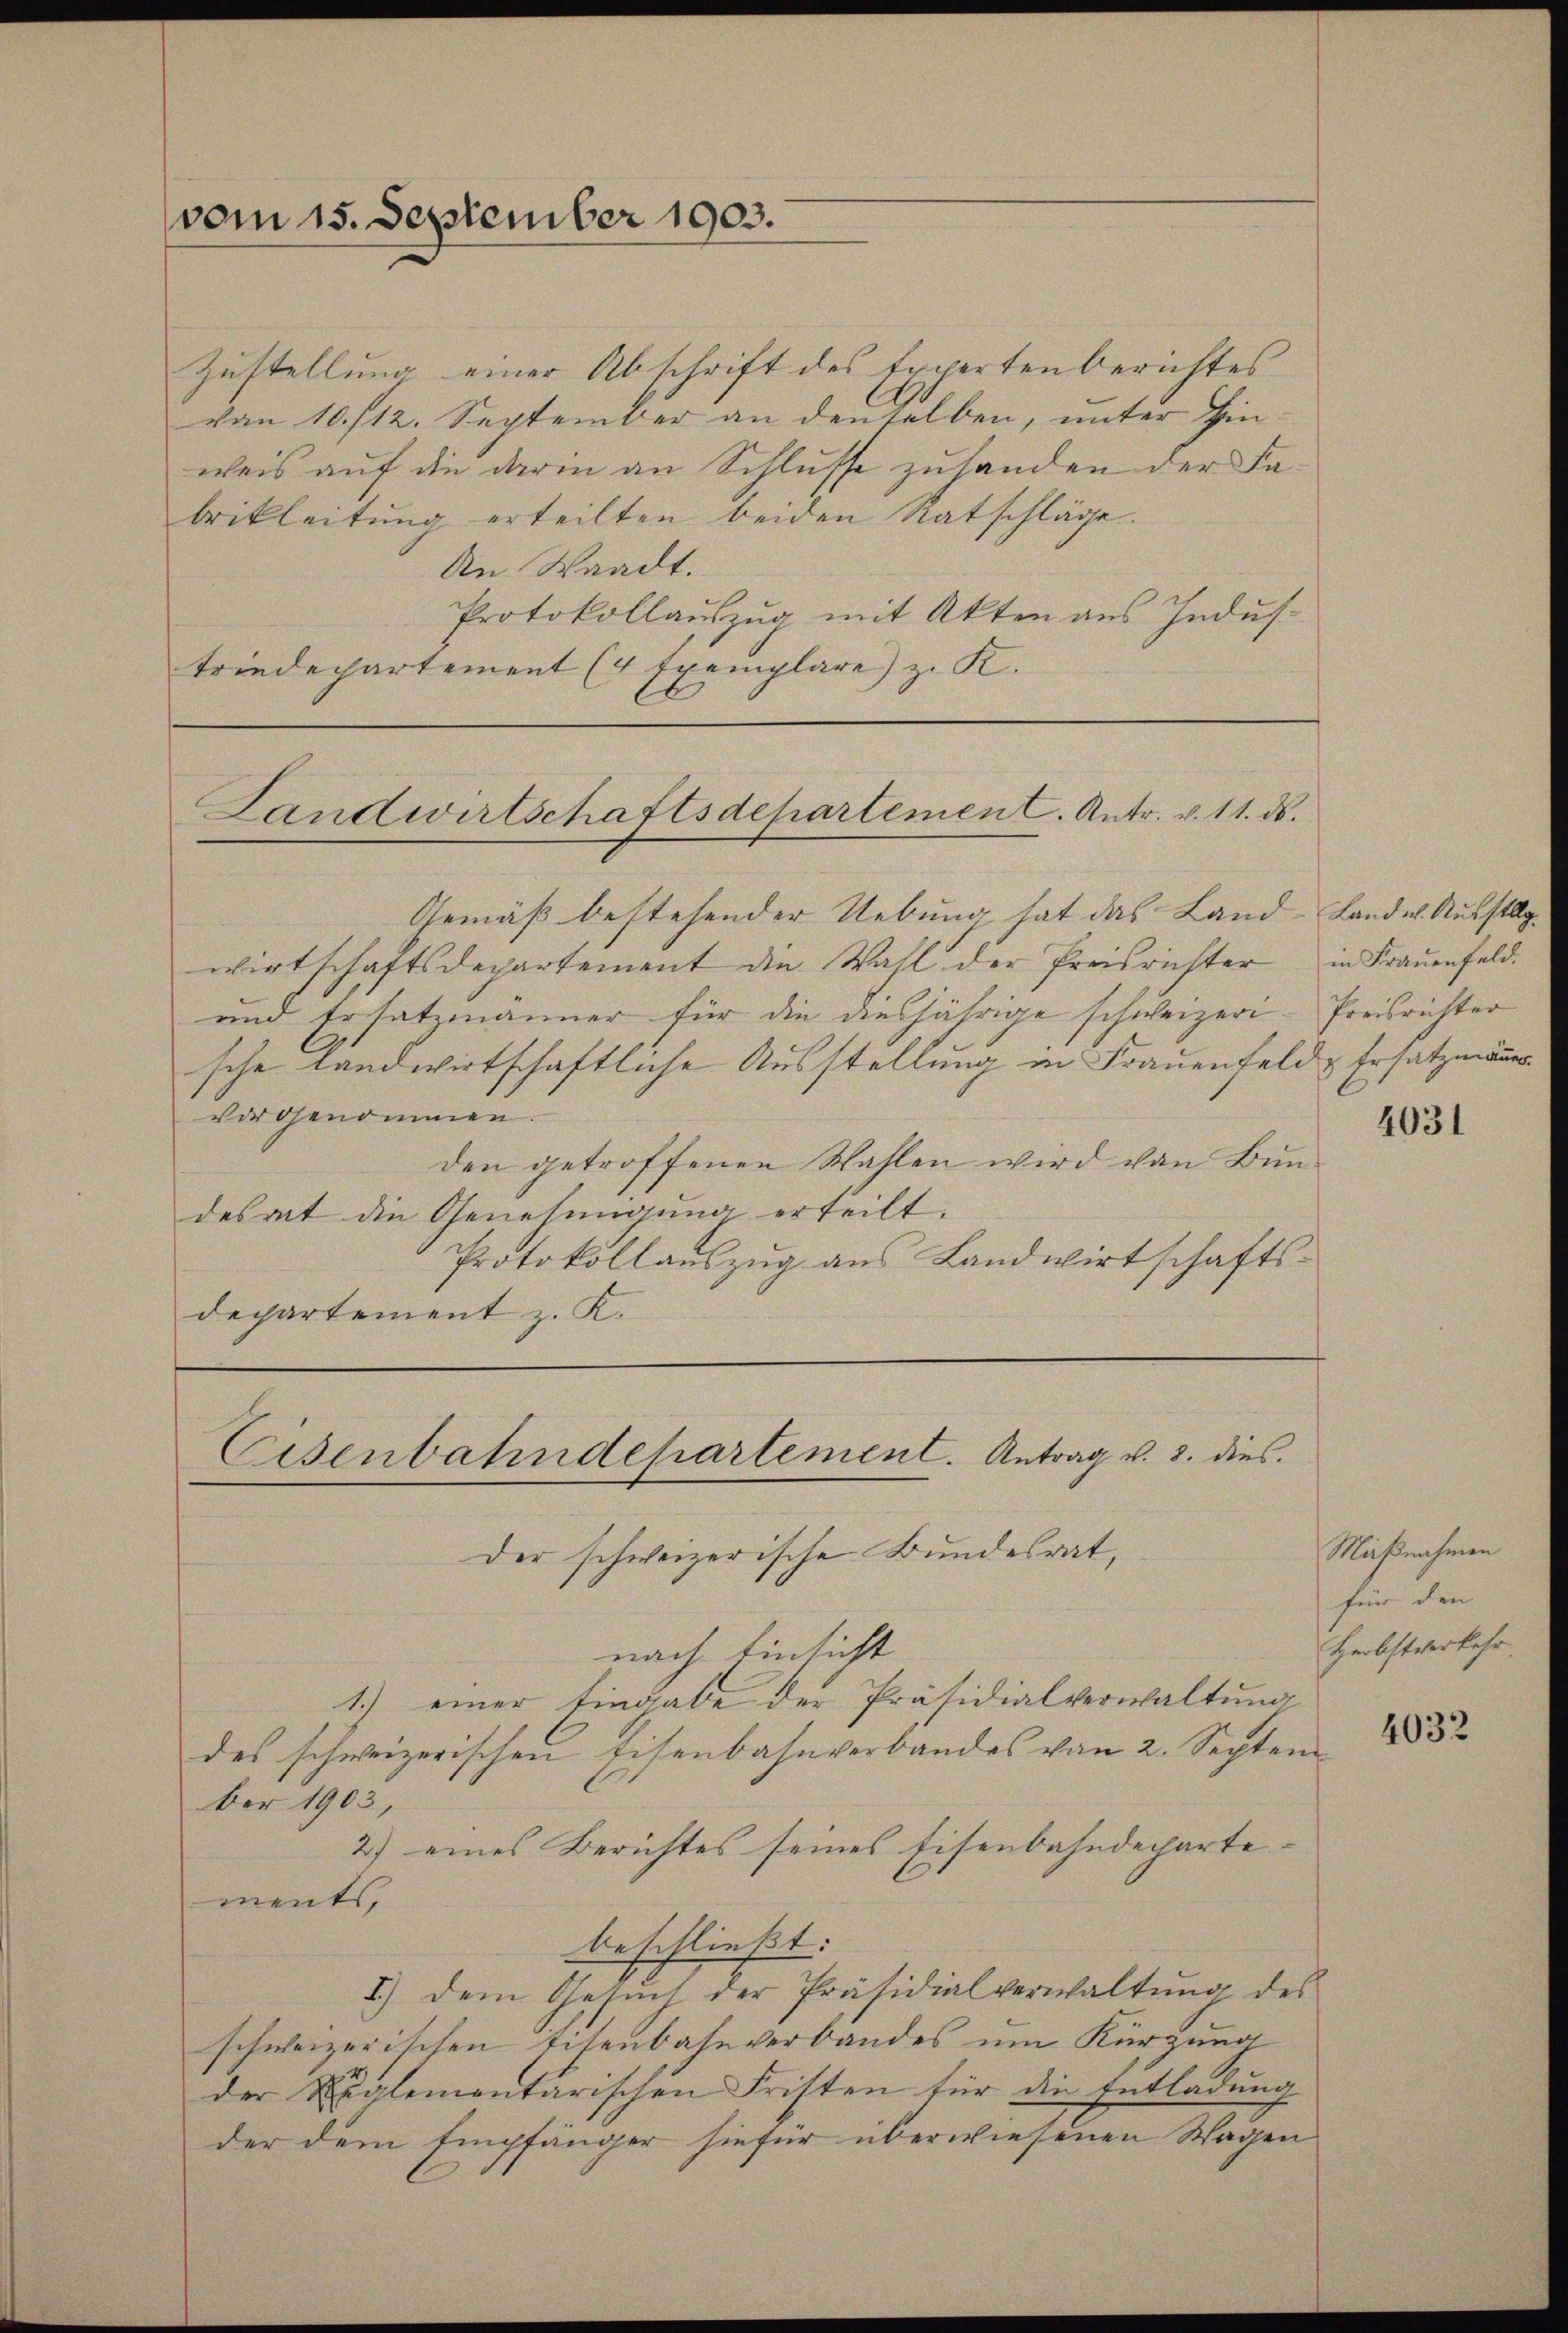
vom 15. September 1903.

Zustellung einer Abschrift des Expertenberichtes
von 10. /12. September an denselben, unter Hinweis auf die darin an Schlusse zuhanden der Fabrikleitung erteilten beiden Ratschläge.
An Waadt.
Protokollauszug mit Akten aus Industriedepartement (4 Exemplare) z. K.

Landwirtschaftsdepartement. Antr. v. 11. ds.

und Ersatzmänner für die diesjährige schweizer- Preisrichter
sche Landwirtschaftliche Ausstellung in Frauenfeld & Ersatzmänner
vorgenommen.
den getroffenen Wahlen wird von Bundesrat die Genehmigung erteilt.
Protokollauszug aus Landwirtschafts-
departement z. K.

Eisenbahndepartement. Antrag v. 3. dies
Der schweizerische Bundesrat,

Gemäß bestehender Uebung hat das Land -Landw. Ausstllg.
wirtschaftsdepartement die Wahl der Preisrichter in Frauenfeld.

nach Einsicht
1.) einer Eingabe der Präsidialverwaltung
des schweizerischen Eisenbahnverbandes von 2. Septem
ber 1903,
2) eines Berichtes seines Eisenbahndepartements,
beschließt:
I.) dem Gesŭch der Präsidialverwaltŭng des
schweizerischen Eisenbahnverbandes um Kürzung
der Salementarischen Fristen für die Entladung
der dem Empfänger hiefür überwiesenen Wagen

4031

Maßnahmen
für den
Herbstverkehr

4032